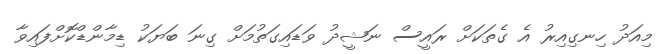
މިއަދު ހިނގިއިރު އެ ގެތަކަށް ރައީސް ނަޝީދު ވަޑައިގަތުމަށް ގިނަ ބަޔަކު ޑިމާންޑްކޮށްފައިވާ